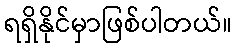
ရရှိနိုင်မှာဖြစ်ပါတယ်။